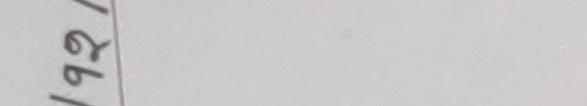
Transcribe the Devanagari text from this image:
/१९२/